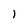
Character: 1